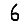
Digit: 6